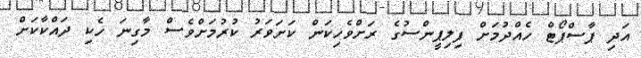
އަދި ޕާސްޕޯޓް ހެއްދުމަށް ފިލިޕީންސުގެ ރަށްވެހިކަން ކަށަވަރު ކުރުމަށްވެސް މާގިނަ ހެކި ދައްކާކަށް